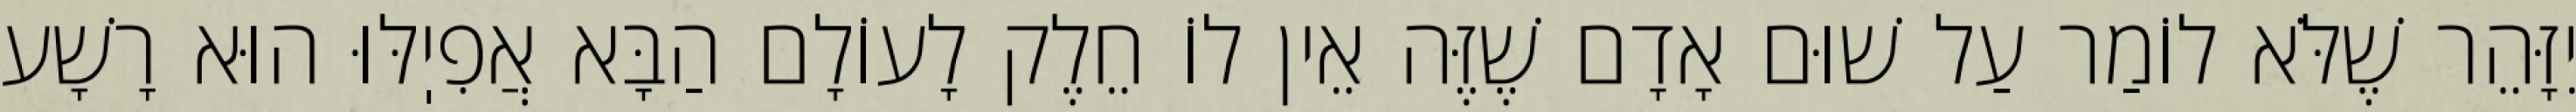
יִזָּהֵר שֶׁלֹּא לוֹמַר עַל שׁוּם אָדָם שֶׁזֶּה אֵין לוֹ חֵלֶק לָעוֹלָם הַבָּא אֲפִיֽלּוּ הוּא רָשָׁע